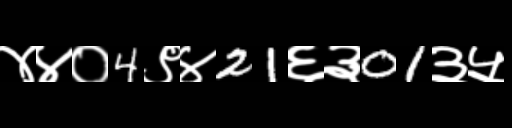
Text: ४४०4९४21६३01३५